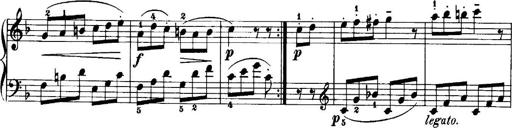
Title: 7 Sonatinas
Composer: Anton Diabelli